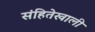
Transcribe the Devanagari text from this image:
संहितेखाली